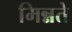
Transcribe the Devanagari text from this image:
मिन्नते